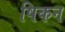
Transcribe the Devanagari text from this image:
षिकन